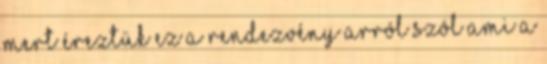
mert éreztük ez a rendezvény arról szól ami a